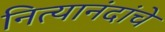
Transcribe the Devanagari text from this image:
नित्यानंदांचे